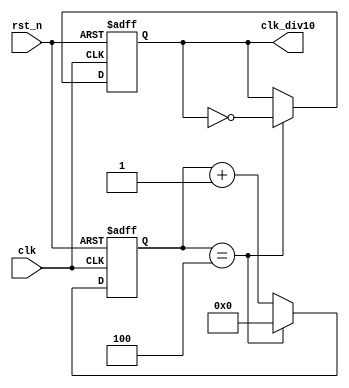
`timescale 1ns / 1ps

//////////////////////////////////////////////////////////////////////////////////
// Company: 
// Engineer: 
// 
// Design Name: 
// Module Name: freq_devision
// Project Name: 
// Target Devices: 
// Tool Versions: 
// Description: 
// 
// Dependencies: 
// 
// Revision:
// Revision 0.01 - File Created
// Additional Comments:
// 
//////////////////////////////////////////////////////////////////////////////////
module freq_div10
 # (parameter DIV_0CLK = 10 )
 (
    input clk,
    input rst_n,
    output clk_div10
    );
    reg [15:0]            cnt ;
    always @(posedge clk or negedge rst_n) begin
      if (!rst_n) begin
         cnt    <= 'b0 ;
      end
      else if (cnt == (DIV_0CLK/2)-1) begin
         cnt    <= 'b0 ;
      end
      else begin
         cnt    <= cnt + 1'b1 ;
      end
    end
   reg clk_div10_r ;
   always @(posedge clk or negedge rst_n)
   begin
      if (!rst_n)
      begin
         clk_div10_r <= 1'b0 ;
      end
      else if (cnt == (DIV_0CLK/2)-1 ) begin
         clk_div10_r <= ~clk_div10_r ;
      end
   end
   assign clk_div10 = clk_div10_r ;
endmodule

//module freq_devision
// # (parameter DIV_CLK = 10000 )
// (
//    input clk,
//    input rst_n,
//    output clk_div10
//    );
//    reg [15:0]            cnt ;
//    always @(posedge clk or negedge rst_n) begin
//      if (!rst_n) begin
//         cnt    <= 'b0 ;
//      end
//      else if (cnt == (DIV_CLK/2)-1) begin
//         cnt    <= 'b0 ;
//      end
//      else begin
//         cnt    <= cnt + 1'b1 ;
//      end
//    end
   
//   reg clk_div10_r ;
//   always @(posedge clk or negedge rst_n)
//   begin
//      if (!rst_n)
//      begin
//         clk_div10_r <= 1'b0 ;
//      end
//      else if (cnt == (DIV_CLK/2)-1 ) begin
//         clk_div10_r <= ~clk_div10_r ;
//      end
//   end
//   assign clk_div10 = clk_div10_r ;
//endmodule
//module div108(
//    input clk,
//    input rst_n,
//    output clk_div104,
//    output clk_div108
//);
//freq_devision div1(
//    clk,
//    rst_n,
//    clk_div104
//);
//assign clk_input=clk_div104;
//freq_devision div2(
//    clk_input,
//    rst_n,
//    clk_div108
//);
//endmodule